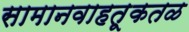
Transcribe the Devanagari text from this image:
सामानवाहतूकतळ